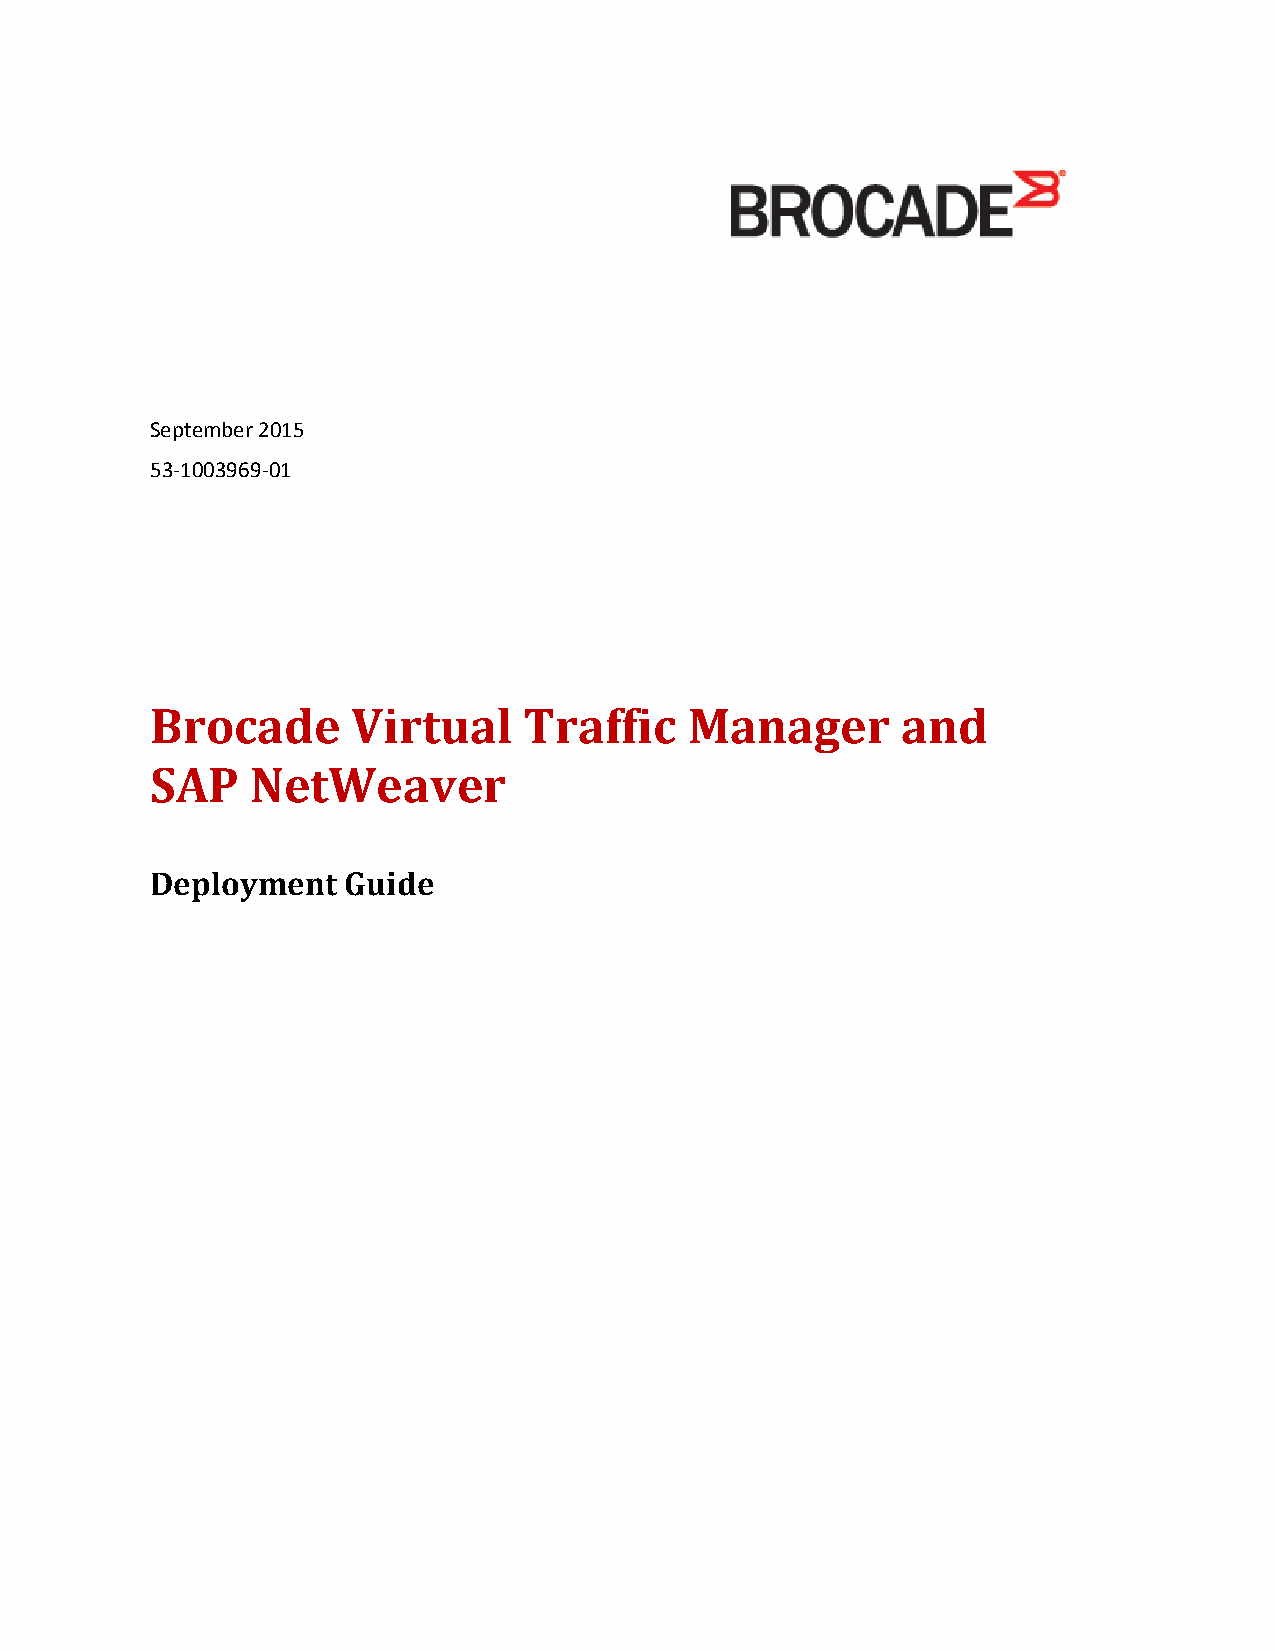
September 2015
 53-1003969-01
 Brocade      Virtual     Traffic    Manager       and
 SAP    NetWeaver
 Deployment   Guide